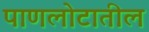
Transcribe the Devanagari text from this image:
पाणलोटातील